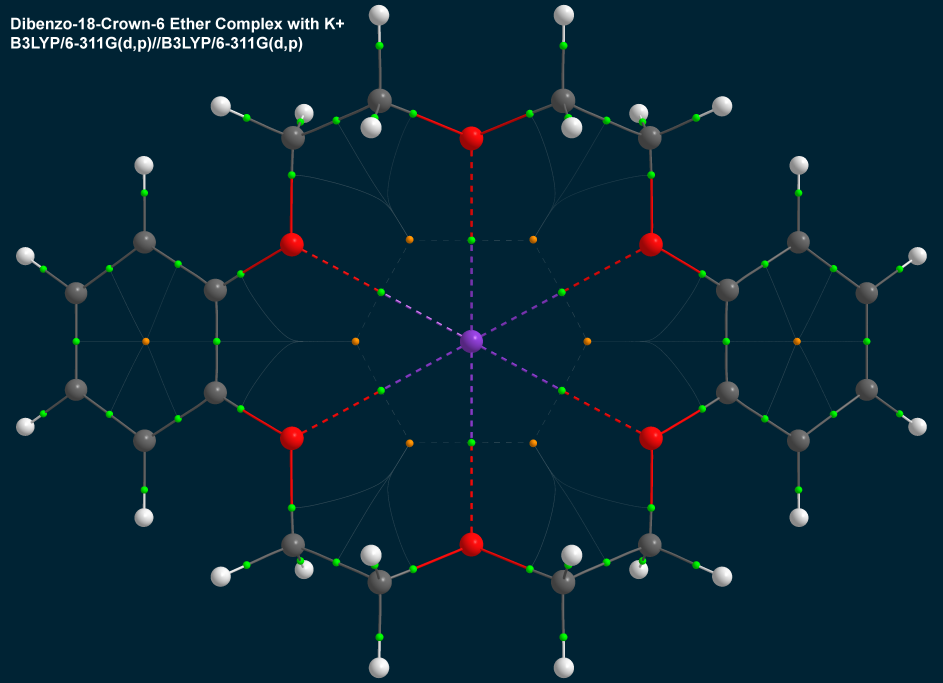
aimaii, QTAIM,critical points